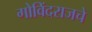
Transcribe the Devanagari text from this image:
गोविंदराजचे